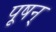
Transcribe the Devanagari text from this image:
पूषन्